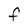
Character: f